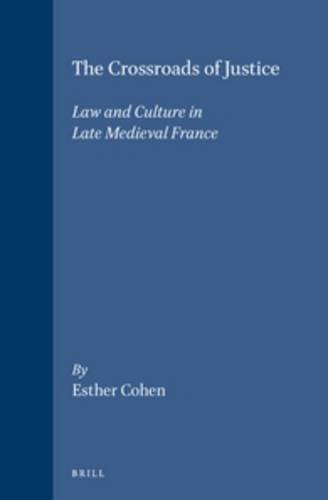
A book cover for The Crossroads of Justice: Law and Culture in Late Medieval France (Brill's Studies in Intellectual History); Esther Cohen; Law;